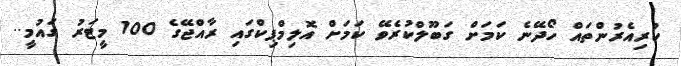
ކުރިއެރުންތައް ހޯދޭނެ ކަމަށް ގަބޫލްކުރެވޭ ކަމަށް އޮލިމްޕިކްގައި ރާއްޖޭގެ 100 މީޓަރު ގައުމީ..